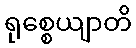
ရုစ္စေယျာတိ